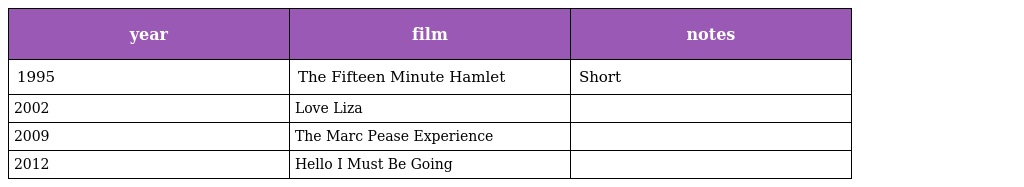
| year | film | notes |
 | --- | --- | --- |
 | 1995 | The Fifteen Minute Hamlet | Short |
 | 2002 | Love Liza |  |
 | 2009 | The Marc Pease Experience |  |
 | 2012 | Hello I Must Be Going |  |